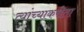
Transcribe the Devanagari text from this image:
त्यांच्याकरीता